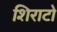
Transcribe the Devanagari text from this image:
शिराटो